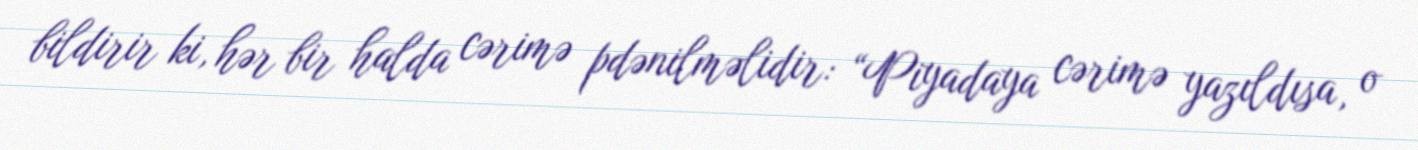
bildirir ki, hər bir halda cərimə pdənilməlidir: “Piyadaya cərimə yazıldısa, o